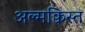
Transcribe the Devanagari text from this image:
अल्मक्विस्त